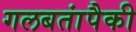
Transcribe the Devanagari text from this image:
गलबतांपैकी